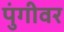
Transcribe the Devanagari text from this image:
पुंगीवर